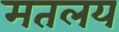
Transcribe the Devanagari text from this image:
मतलय